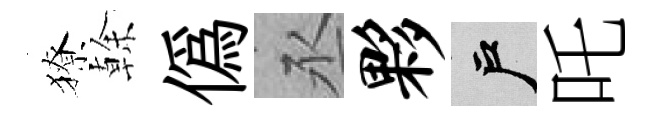
獠𠏉僞丞夥户吒